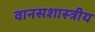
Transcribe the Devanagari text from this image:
वानसशास्त्रीय